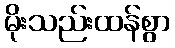
မိုးသည်းထန်စွာ